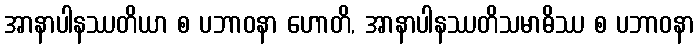
အာနာပါနဿတိယာ စ ပဘာဝနာ ဟောတိ, အာနာပါနဿတိသမာဓိဿ စ ပဘာဝနာ